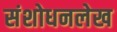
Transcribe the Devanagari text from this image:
संशोधनलेख